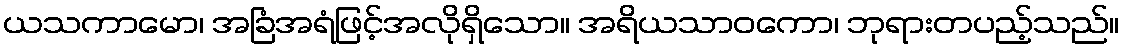
ယသကာမော၊ အခြံအရံဖြင့်အလိုရှိသော။ အရိယသာဝကော၊ ဘုရားတပည့်သည်။